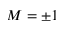
M = \pm 1